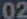
02